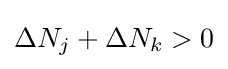
\Delta N_{j}+\Delta N_{k}>0